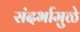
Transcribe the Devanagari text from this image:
संदर्भामुळे